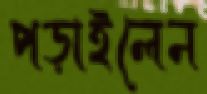
পড়াইলেন